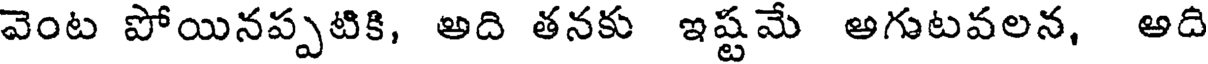
వెంట పోయినప్పటికి, అది తనకు ఇష్టమే అగుటవలన, అది